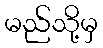
မည်သို့မှ